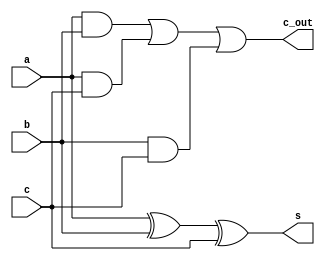
module adc_1(
  input wire a, 
  input wire b, 
  input wire c, 

  output wire s, 
  output wire c_out //
  );

  assign s = a^b^c;
	assign c_out = (a&b)|(a&c)|(b&c);

endmodule

module adc_2(
  input wire[1:0] a,
  input wire[1:0] b,
  input wire c_in,

  output wire[1:0] s,
  output wire c_out
);

  adc_1 a0(a[0], b[0], c_in, s[0], c_tmp);
  adc_1 a1(a[1], b[1], c_tmp, s[1], c_out);
endmodule

module adc_4(
  input wire[3:0] a,
  input wire[3:0] b,
  input wire c_in,

  output wire[3:0] s,
  output wire c_out
);

  adc_2 a0(a[1:0], b[1:0], c_in, s[1:0], c_tmp);
  adc_2 a1(a[3:2], b[3:2], c_tmp, s[3:2], c_out);
endmodule

module adc_8(
  input wire[7:0] a,
  input wire[7:0] b,
  input wire c_in,

  output wire[7:0] s,
  output wire c_out
);

  adc_4 a0(a[3:0], b[3:0], c_in, s[3:0], c_tmp);
  adc_4 a1(a[7:4], b[7:4], c_tmp, s[7:4], c_out);
endmodule

module adc_16(
  input wire[15:0] a,
  input wire[15:0] b,
  input wire c_in,

  output wire[15:0] s,
  output wire c_out
);

  adc_8 a0(a[7:0], b[7:0], c_in, s[7:0], c_tmp);
  adc_8 a1(a[15:8], b[15:8], c_tmp, s[15:8], c_out);
endmodule

module adc(
  input wire clk,

  input wire[31:0] a,
  input wire[31:0] b,
  input wire c_in,

  output wire[31:0] s,
  output wire c_out
);

  adc_16 a0(a[15:0], b[15:0], c_in, s[15:0], c_tmp);
  adc_16 a1(a[31:16], b[31:16], c_tmp, s[31:16], c_out);

endmodule